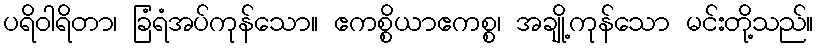
ပရိဝါရိတာ၊ ခြံရံအပ်ကုန်သော။ ဧကစ္စိယာဧကစ္စ၊ အချို့ကုန်သော မင်းတို့သည်။